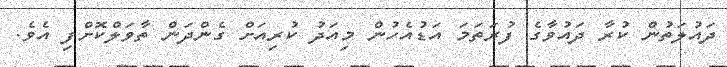
ދައުލަތުން ކުރާ ދައުވާގެ ފުރަތަމަ އަޑުއެހުން މިއަދު ކުރިއަށް ގެންދަން ތާވަލްކޮށްފި އެވެ.